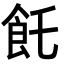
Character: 飥